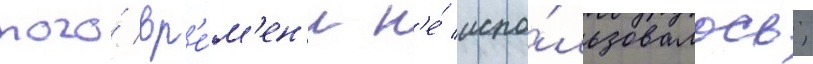
того́ вр'е́м'ен'и н'е́ испо́льзовалось;